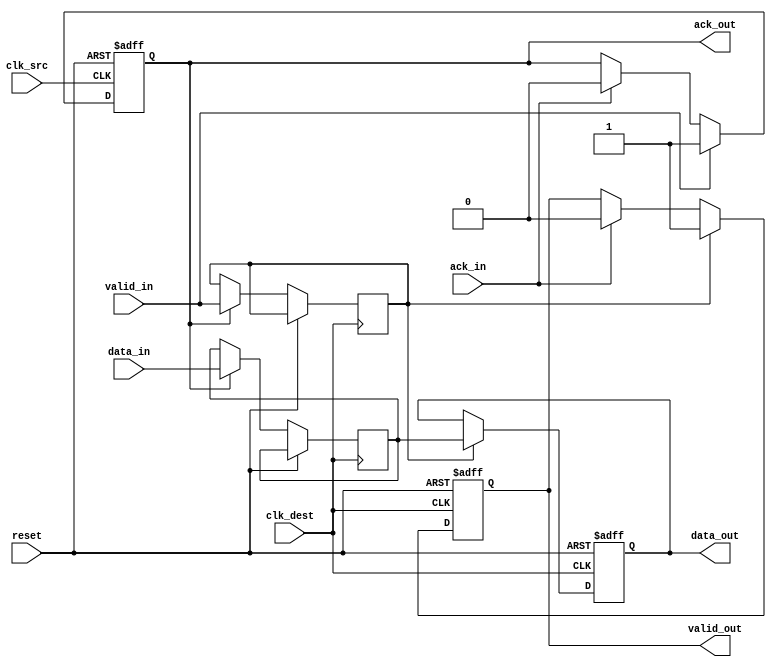
module handshake_synchronizer (
    input wire clk_src,        // Source clock
    input wire clk_dest,       // Destination clock
    input wire reset,          // Asynchronous reset
    input wire [7:0] data_in,  // Data input from source clock domain
    input wire valid_in,       // Valid signal for data_in
    output reg [7:0] data_out, // Synchronized data output to destination clock domain
    output reg valid_out,      // Valid signal for data_out
    input wire ack_in,         // Acknowledgment from destination domain
    output reg ack_out         // Acknowledgment from source domain
);

    // Internal signals for synchronization
    reg [7:0] data_sync;
    reg valid_sync;
    reg ack_src;

    // Synchronization logic in the source clock domain
    always @(posedge clk_src or posedge reset) begin
        if (reset) begin
            ack_src <= 1'b0;
        end else begin
            if (valid_in) begin
                ack_src <= 1'b1; // Assert ack_out when valid_in is high
            end else if (ack_in) begin
                ack_src <= 1'b0; // Deassert after receiving ack_in
            end
        end
    end

    assign ack_out = ack_src;

    // Synchronization logic in the destination clock domain
    always @(posedge clk_dest or posedge reset) begin
        if (reset) begin
            data_out <= 8'b0;
            valid_out <= 1'b0;
        end else begin
            // Synchronize valid and data signals
            if (ack_src) begin
                data_sync <= data_in; // Capture data_in when ack_src is high
                valid_sync <= valid_in; // Capture valid_in
            end
            
            // Generate valid_out and data_out
            if (valid_sync) begin
                data_out <= data_sync; // Output the synchronized data
                valid_out <= 1'b1;      // Assert valid_out
            end else if (ack_in) begin
                valid_out <= 1'b0;      // Deassert valid_out upon acknowledgment
            end
        end
    end

endmodule